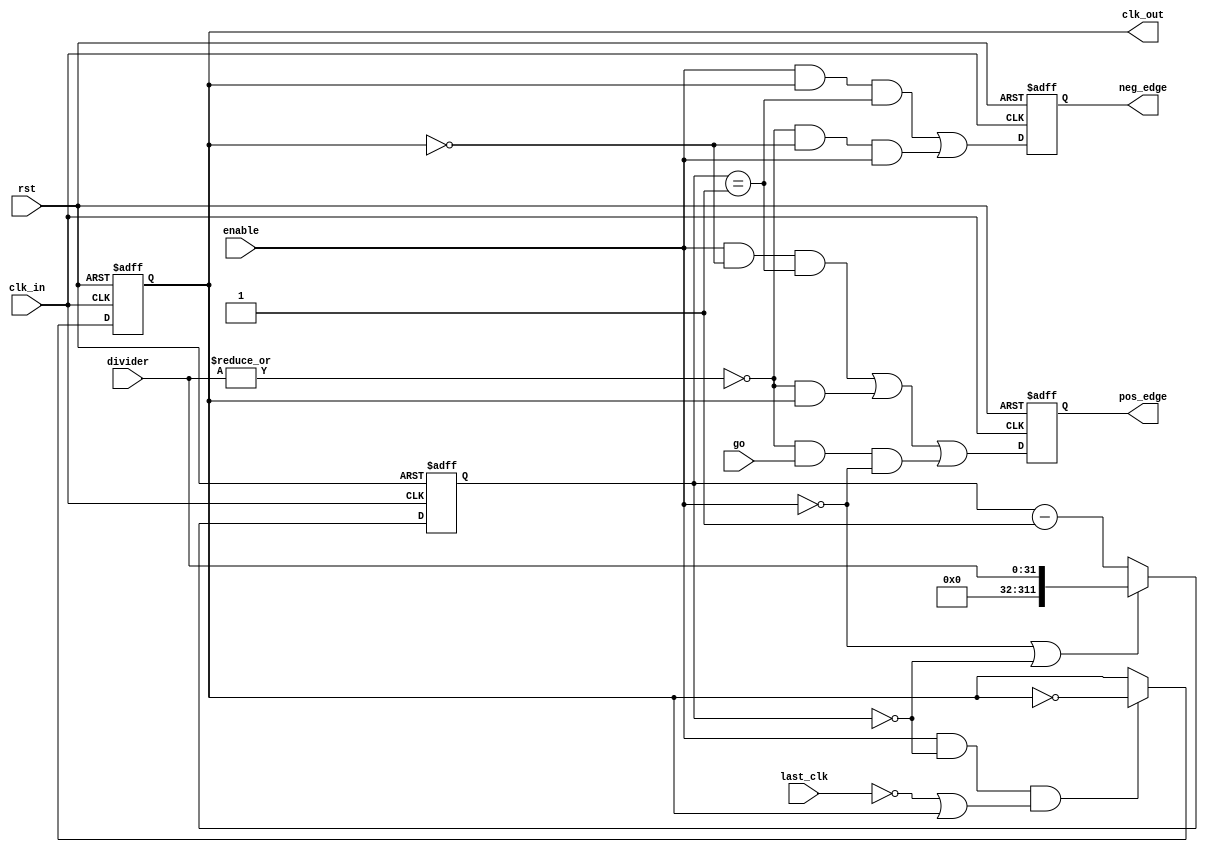
module spi_clkgen (

  input                           clk_in,   // input clock (system clock)
  input                           rst,      // reset
  input                           enable,   // clock enable
  input                           go,       // start transfer
  input                           last_clk, // last clock
  input     [31:0]                divider,  // clock divider (output clock is divided by this value)
  output  reg                     clk_out,  // output clock
  output  reg                     pos_edge, // pulse marking positive edge of clk_out
  output  reg                     neg_edge  // pulse marking negative edge of clk_out
);


//Local Parameters
//Registers/Wires
reg       [311:0]               cnt;      // clock counter
wire                            cnt_zero; // conter is equal to zero
wire                            cnt_one;  // conter is equal to one


//Submodules
//Asynchronous Logic
assign cnt_zero         = (cnt == 32'h0);
assign cnt_one          = (cnt == 32'h00000001);

//Synchronous Logic
// Counter counts half period
always @(posedge clk_in or posedge rst)
begin
  if(rst) begin
    cnt <= 32'h00000001;
  end
  else begin
    if(!enable || cnt_zero) begin
      cnt <= divider;
    end
    else begin
      cnt <=  cnt - 32'h00000001;
    end
  end
end

// clk_out is asserted every other half period
always @(posedge clk_in or posedge rst)
begin
  if(rst) begin
    clk_out <=  1'b0;
  end
  else begin
    clk_out <=  (enable && cnt_zero && (!last_clk || clk_out)) ? ~clk_out : clk_out;
  end
end

// Pos and neg edge signals
always @(posedge clk_in or posedge rst)
begin
  if(rst) begin
    pos_edge  <=  1'b0;
    neg_edge  <=  1'b0;
  end
  else begin
    pos_edge  <=  (enable && !clk_out && cnt_one) || (!(|divider) &&  clk_out) || (!(|divider) && go && !enable);
    neg_edge  <=  (enable &&  clk_out && cnt_one) || (!(|divider) && !clk_out && enable);
  end
end

endmodule